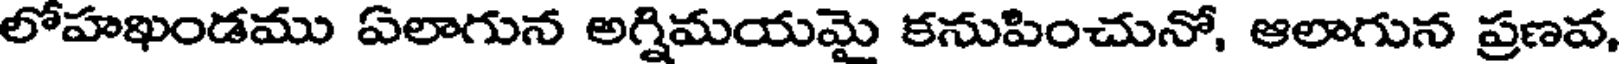
లోహఖండము ఏలాగున అగ్నిమయమై కనుపించునో, ఆలాగున ప్రణవ,